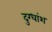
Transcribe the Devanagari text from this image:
दुग्धांश